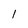
Character: l